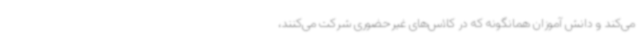
می‌کند و دانش آموزان همانگونه که در کلاس‌های غیرحضوری شرکت می‌کنند،